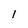
Character: 1